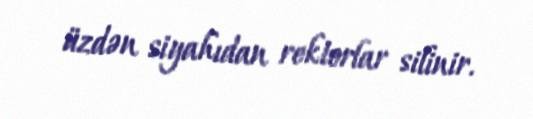
üzdən siyahıdan rektorlar silinir.